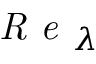
\textit { R e } _ { \lambda }